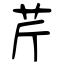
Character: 芹